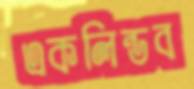
একলিন্ডব